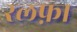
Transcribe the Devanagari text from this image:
रलफ़ा